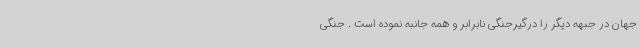
جهان در جبهه دیگر را درگیرجنگی نابرابر و همه جانبه نموده است . جنگی